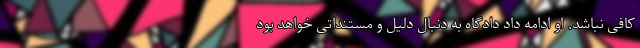
کافی نباشد. او ادامه داد دادگاه به دنبال دلیل و مستنداتی خواهد بود